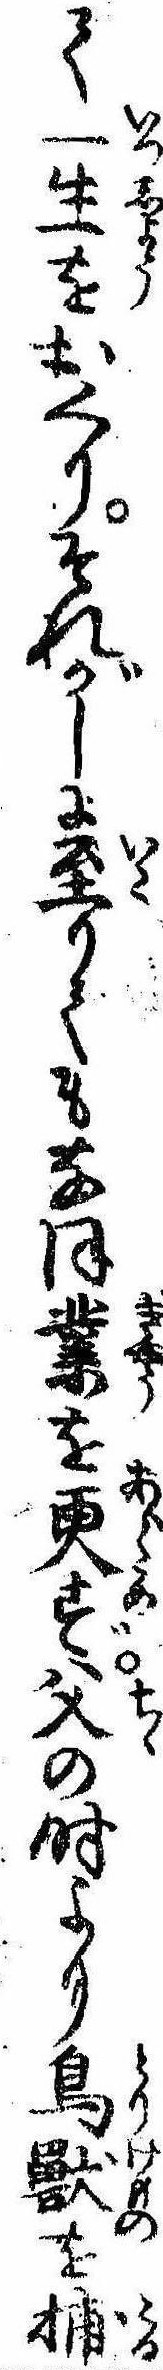
て一生をおくりそれがしに至りてもなほ業を更ず父の時より鳥獣を捕